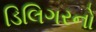
ડિલિગરનો